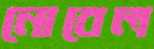
নোবেল